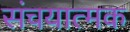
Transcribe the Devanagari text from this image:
संचयात्मक